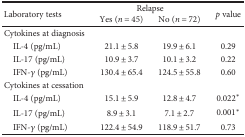
<table><thead><tr><td rowspan="2"><b>Laboratory tests</b></td><td colspan="2"><b>Relapse</b></td><td rowspan="2"><b><i>p</i> value</b></td></tr><tr><td><b>Yes (<i>n</i> = 45)</b></td><td><b>No (<i>n</i> = 72)</b></td></tr></thead><tbody><tr><td>Cytokines at diagnosis</td><td></td><td></td><td></td></tr><tr><td> IL-4 (pg/mL)</td><td>21.1 ± 5.8</td><td>19.9 ± 6.1</td><td>0.29</td></tr><tr><td> IL-17 (pg/mL)</td><td>10.9 ± 3.7</td><td>10.1 ± 3.2</td><td>0.22</td></tr><tr><td> IFN-<i>γ</i> (pg/mL)</td><td>130.4 ± 65.4</td><td>124.5 ± 55.8</td><td>0.60</td></tr><tr><td>Cytokines at cessation</td><td></td><td></td><td></td></tr><tr><td> IL-4 (pg/mL)</td><td>15.1 ± 5.9</td><td>12.8 ± 4.7</td><td>0.022<sup>∗</sup></td></tr><tr><td> IL-17 (pg/mL)</td><td>8.9 ± 3.1</td><td>7.1 ± 2.7</td><td>0.001<sup>∗</sup></td></tr><tr><td> IFN-<i>γ</i> (pg/mL)</td><td>122.4 ± 54.9</td><td>118.9 ± 51.7</td><td>0.73</td></tr></tbody></table>